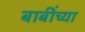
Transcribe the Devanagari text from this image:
बाबींच्‍या